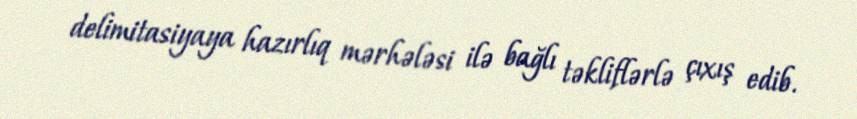
delimitasiyaya hazırlıq mərhələsi ilə bağlı təkliflərlə çıxış edib.